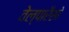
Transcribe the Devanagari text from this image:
वेल्पारैसो